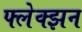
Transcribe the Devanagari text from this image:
फ्लेक्झन